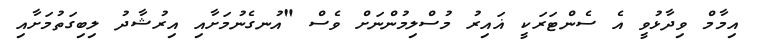
އިމާމް ވިދާޅުވީ އެ ސެންޓަރަކީ ޣައިރު މުސްލިމުންނަށް ވެސް "އުނގެނުމަށާއި އިރުޝާދު ލިބިގަތުމަށާއި